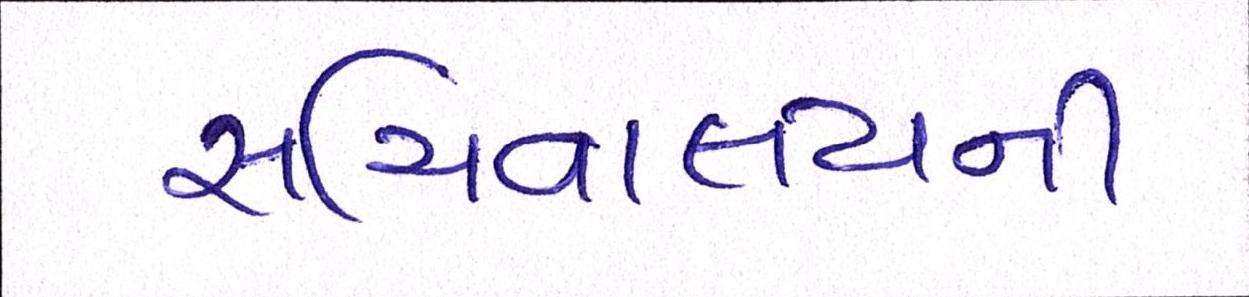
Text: સચિવાલયની